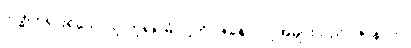
သဒ္ဓါတရားရှိသောသူ ဟူ၍။ မံ၊ ငါ့ကို။ ဇနော၊ လူအများသည်။ ဇာနာတု၊